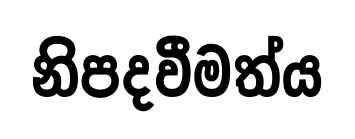
නිපදවීමත්ය